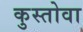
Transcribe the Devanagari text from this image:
कुस्तोवा